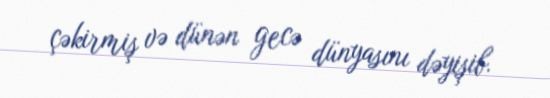
çəkirmiş və dünən gecə dünyasını dəyişib.